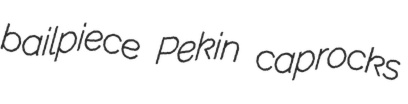
bailpiece Pekin caprocks